65_HS1-834228961_62-HQ-83894_Serial_164
Agency: FBI
Page 62
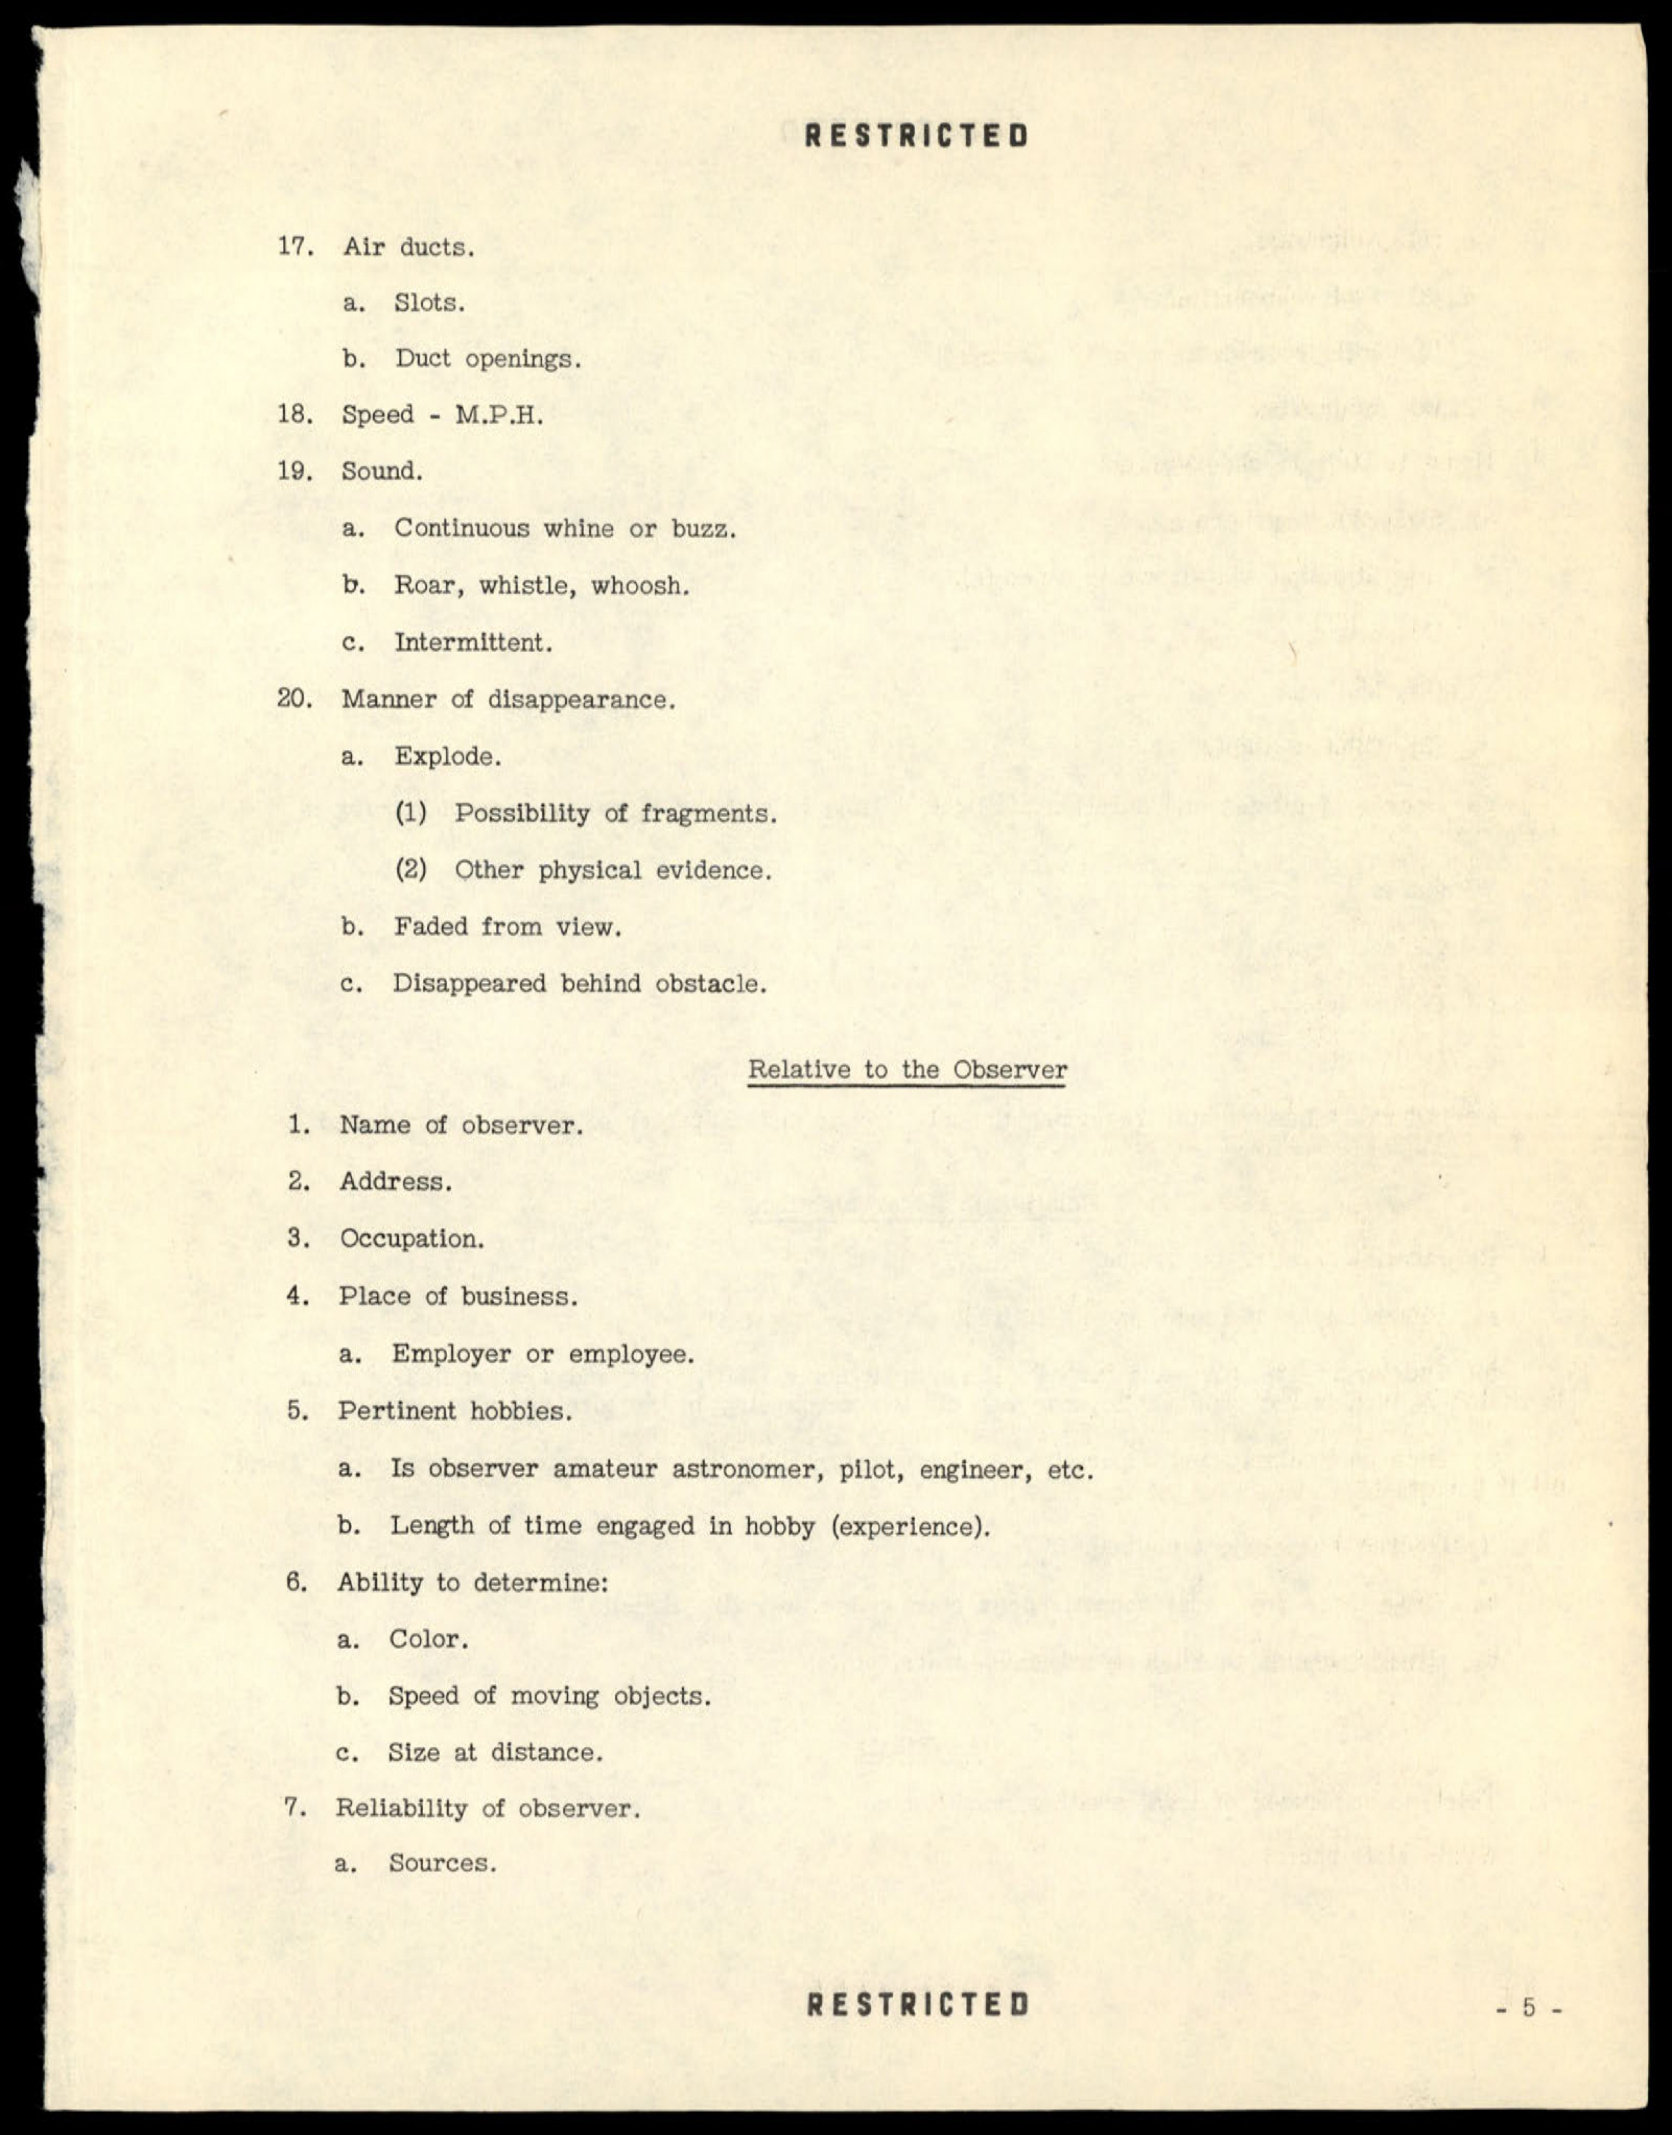